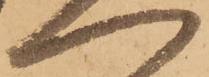
へ